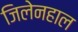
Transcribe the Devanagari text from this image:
जिलेनहाल